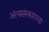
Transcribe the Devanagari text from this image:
अंत्यसंस्काराच्या